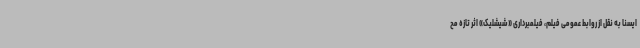
ایسنا به نقل از روابط عمومی فیلم، فیلمبرداری «شیشلیک» اثر تازه مح